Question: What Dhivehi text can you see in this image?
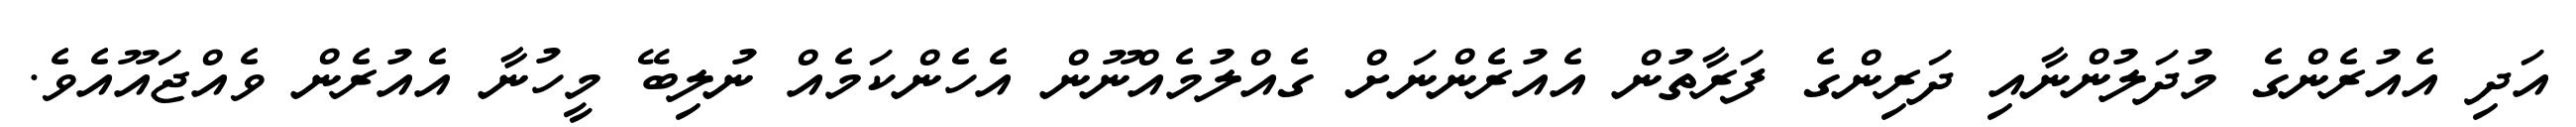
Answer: އަދި އެއުރެންގެ މުދަލުންނާއި ދަރިންގެ ފަރާތުން އެއުރެންނަށް ގެއްލުމެއްނޫން އެހެންކަމެއް ނުލިބޭ މީހުނާ އެއުރެން ވެއްޖައޫއެވެ.